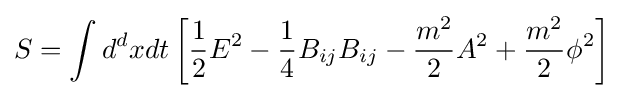
S=\int d^{d}xdt\left[{\frac {1}{2}}E^{2}-{\frac {1}{4}}B_{ij}B_{ij}-{\frac {m^{2}}{2}}A^{2}+{\frac {m^{2}}{2}}\phi ^{2}\right]